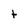
Character: t